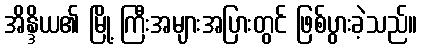
အိန္ဒိယ၏ မြို့ ကြီးအများအပြားတွင် ဖြစ်ပွားခဲ့သည်။